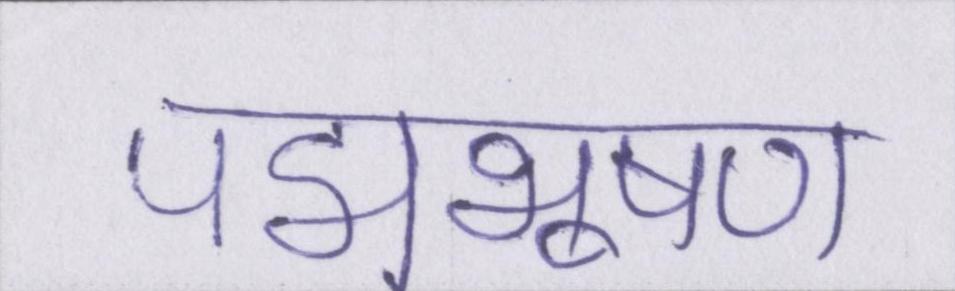
पद्मभूषण